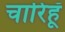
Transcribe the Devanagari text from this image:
चारिहूँ